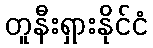
တူနီးရှားနိုင်ငံ